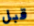
قبل